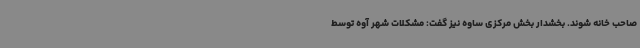
صاحب خانه شوند. بخشدار بخش مرکزی ساوه نیز گفت: مشکلات شهر آوه توسط